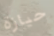
حيازة